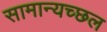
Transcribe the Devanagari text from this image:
सामान्यच्छल